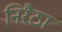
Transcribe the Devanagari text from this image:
निरैठा